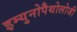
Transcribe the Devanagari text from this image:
इम्युनोपैथोलोजी